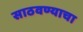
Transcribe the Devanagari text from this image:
साठवण्याचा